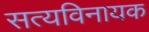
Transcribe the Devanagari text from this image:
सत्यविनायक